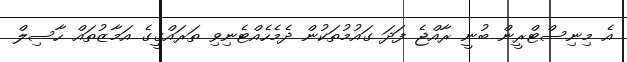
އެ މިނިސްޓްރީން ބުނީ ރާއްޖެ ފަދަ ގައުމުތަކުން ދެމެހެއްޓެނިވި ތަރައްގީގެ އަމާޒުތައް ހާސިލް